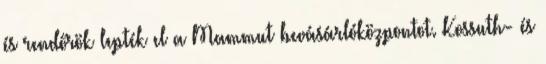
és rendőrök lepték el a Mammut bevásárlóközpontot. Kossuth- és